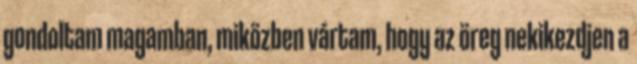
gondoltam magamban, miközben vártam, hogy az öreg nekikezdjen a